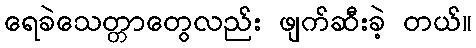
ရေခဲသေတ္တာတွေလည်း ဖျက်ဆီးခဲ့ တယ်။